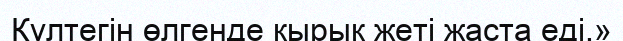
Күлтегiн өлгенде қырық жетi жаста едi.»